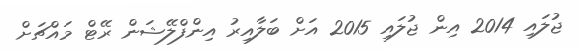
ޖުލައި 2014 އިން ޖުލައި 2015 އަށް ބަލާއިރު އިންފްލޭޝަން ރޭޓް މައްޗަށް